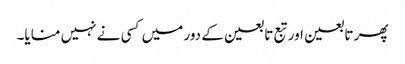
پھر تابعین اور تبع تابعین کے دور میں کسی نے نہیں منایا۔